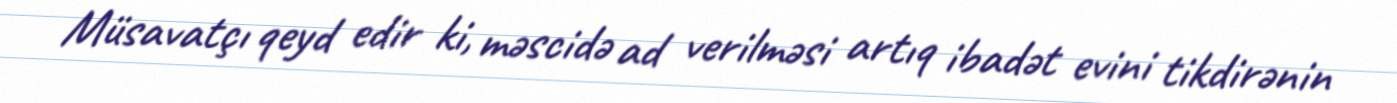
Müsavatçı qeyd edir ki, məscidə ad verilməsi artıq ibadət evini tikdirənin